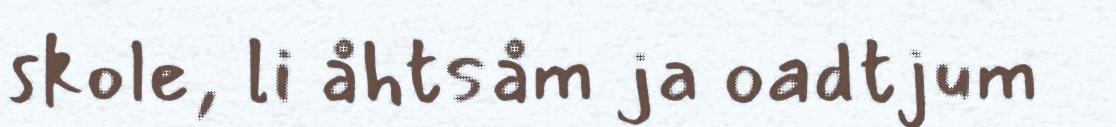
skole, li åhtsåm ja oadtjum